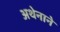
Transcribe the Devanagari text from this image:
अथेनाने